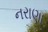
નરાણા